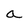
Character: a